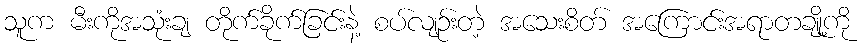
သူက မီးကိုအသုံးချ တိုက်ခိုက်ခြင်းနဲ့ စပ်လျဉ်းတဲ့ အသေးစိတ် အကြောင်းအရာတချို့ကို